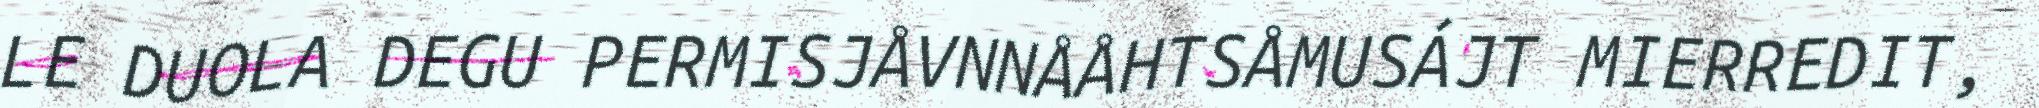
LE DUOLA DEGU PERMISJÅVNNÅÅHTSÅMUSÁJT MIERREDIT,